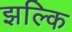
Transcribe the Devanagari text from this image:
झल्कि